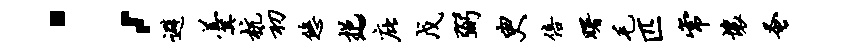
；避羹杭初悠挹~庇戊弼臾倍曙毛匹常壤蚤